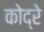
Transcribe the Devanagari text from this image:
कोद्रे